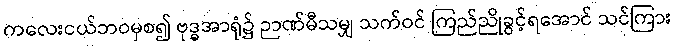
ကလေးငယ်ဘဝမှစ၍ ဗုဒ္ဓအာရုံ၌ ဉာဏ်မီသမျှ သက်ဝင် ကြည်ညိုခွင့်ရအောင် သင်ကြား